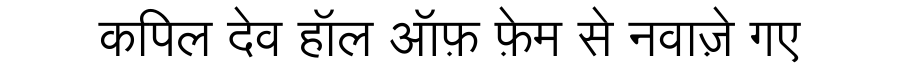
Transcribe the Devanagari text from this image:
कपिल देव हॉल ऑफ़ फ़ेम से नवाज़े गए